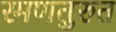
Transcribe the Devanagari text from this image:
रमणतुरुत